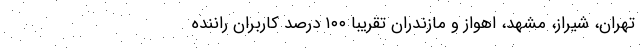
تهران، شیراز، مشهد، اهواز و مازندران تقریبا ۱۰۰ درصد کاربران راننده